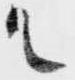
ル